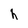
Character: h